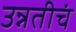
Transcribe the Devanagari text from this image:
उन्नतीचं